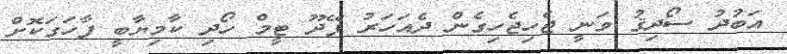
އަބުދު ސޯދިޤު ވަނީ ޖެހިޖެހިގެން ދެއަހަރު ފޭދޫ ޓީމް ހޯދި ކާމިޔާބީ ފާހަގަކޮށް